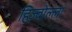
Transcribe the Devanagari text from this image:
हिज़्बोल्ला